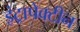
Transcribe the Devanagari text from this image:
इंट्रापेक्टीन